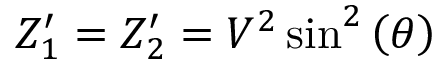
Z _ { 1 } ^ { \prime } = Z _ { 2 } ^ { \prime } = V ^ { 2 } \sin ^ { 2 } \left( \theta \right)